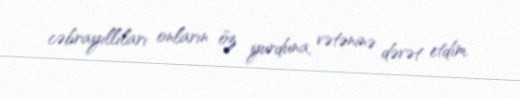
cəbrayıllıları onların öz yurduna, vətəninə dəvət etdim.